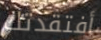
أفتقدتك